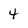
Character: 4